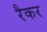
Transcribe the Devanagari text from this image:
रैकर